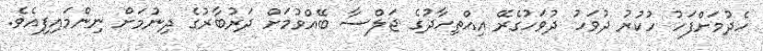
ހެދުމަށްފަހު ހުކުރު ދުވަހު ދުވަހުގެރޭ އިއްތިހާދުގެ ޖަލްސާ ބޭއްވުމަށް ދަރުބާރުގެ ދިނުމަށް ނިންމައިފިއެވެ.